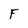
Character: F